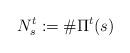
LaTeX: \begin{align*}N^t_s:= \# \Pi^t(s)\end{align*}